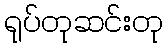
ရုပ်တုဆင်းတု